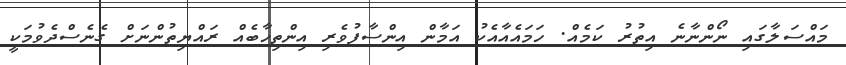
މައްސަލާގައި ނޯންނާނެ އިތުރު ކަމެއް. ހަމައެއާއެކު އަމާން އިންސާފުވެރި އިންތިހާބެއް ރައްޔިތުންނަށް ގެނެސްދެވުމަކީ